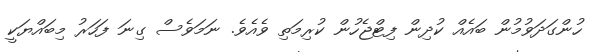
ހުންގަދަވުމުން ބައެއް ކުދިން ފިޓްޖެހުން ކުރިމަތި ވެއެވެ. ނަމަވެސް ގިނަ ފަހަރު މިބައްޔަކީ